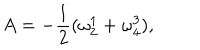
A = - \frac { 1 } { 2 } ( \omega _ { 2 } ^ { 1 } + \omega _ { 4 } ^ { 3 } ) ,